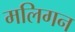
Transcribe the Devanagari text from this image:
मलिगन